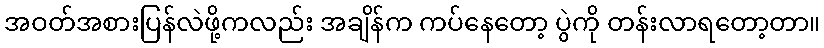
အဝတ်အစားပြန်လဲဖို့ကလည်း အချိန်က ကပ်နေတော့ ပွဲကို တန်းလာရတော့တာ။